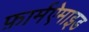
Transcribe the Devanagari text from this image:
फ़ार्मऐमाइड